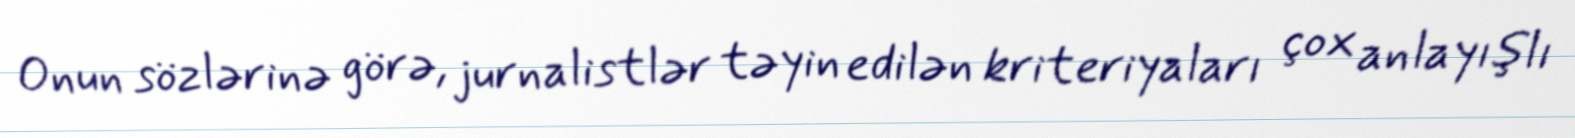
Onun sözlərinə görə, jurnalistlər təyin edilən kriteriyaları çox anlayışlı